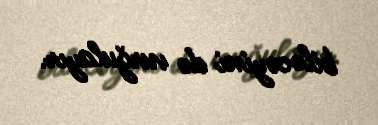
biləcəyini də vurğulayır.